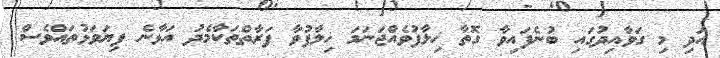
އަދި މި ގަވާއިދުގައި ބުނެފައިވާ ގޮތާ ޚިލާފުވެއްޖަނަމަ ޚިލާފުވާ ފަރާތްތަކާމެދު އަޅާނެ ފިޔަވަޅުތައްވެސް